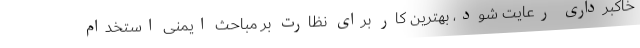
خاکبرداری رعایت شود، بهترین کار برای نظارت بر مباحث ایمنی استخدام